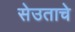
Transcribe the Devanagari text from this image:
सेउताचे